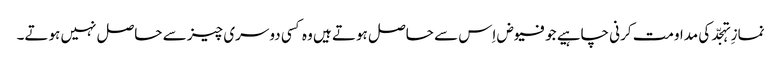
نمازِ تہجّد کی مداومت کرنی چاہیے جو فیوض اِس سے حاصل ہوتے ہیں وہ کسی دوسری چیز سے حاصل نہیں ہوتے۔